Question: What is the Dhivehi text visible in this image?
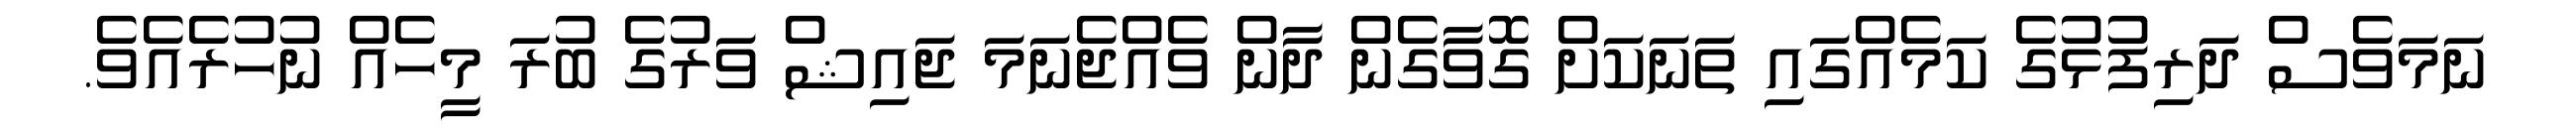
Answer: ނަމަވެސް ދަރިފުޅުގެ ކަމެއްގައި ތަނަކަށް ގޮވާގެން ދާން ވެއްޖެނަމަ ޖައިޝް ވަރުގެ ބުރަ މީހެއް ނުހުރެއެވެ.